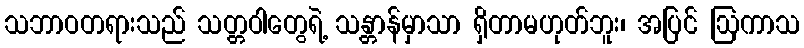
သဘာဝတရားသည် သတ္တဝါတွေရဲ့ သန္တာန်မှာသာ ရှိတာမဟုတ်ဘူး၊ အပြင် ဩကာသ